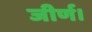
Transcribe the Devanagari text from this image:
जीर्ण।